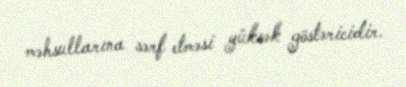
məhsullarına sərf etməsi yüksək göstəricidir.